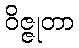
ဝိဇ္ဇုတာ